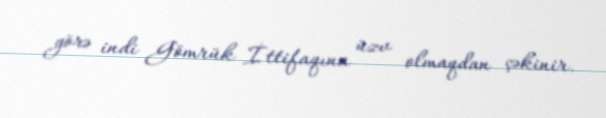
görə indi Gömrük İttifaqına üzv olmaqdan çəkinir.